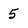
Character: 5